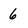
Character: 6